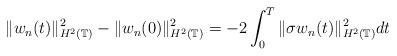
LaTeX: \begin{align*} \|w_n(t)\|_{H^2(\mathbb{T})}^{2}- \|w_n(0)\|_{H^2(\mathbb{T})}^{2}=-2\int_{0}^{T} \|\sigma w_n(t)\|_{H^2(\mathbb{T})}^{2}dt\end{align*}